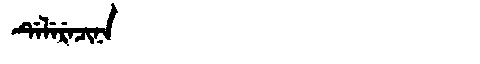
Manchu: ᡩᡝᠯᡝᡵᡝᠴᡳᠨᠠ
Romanization: DELERECINA